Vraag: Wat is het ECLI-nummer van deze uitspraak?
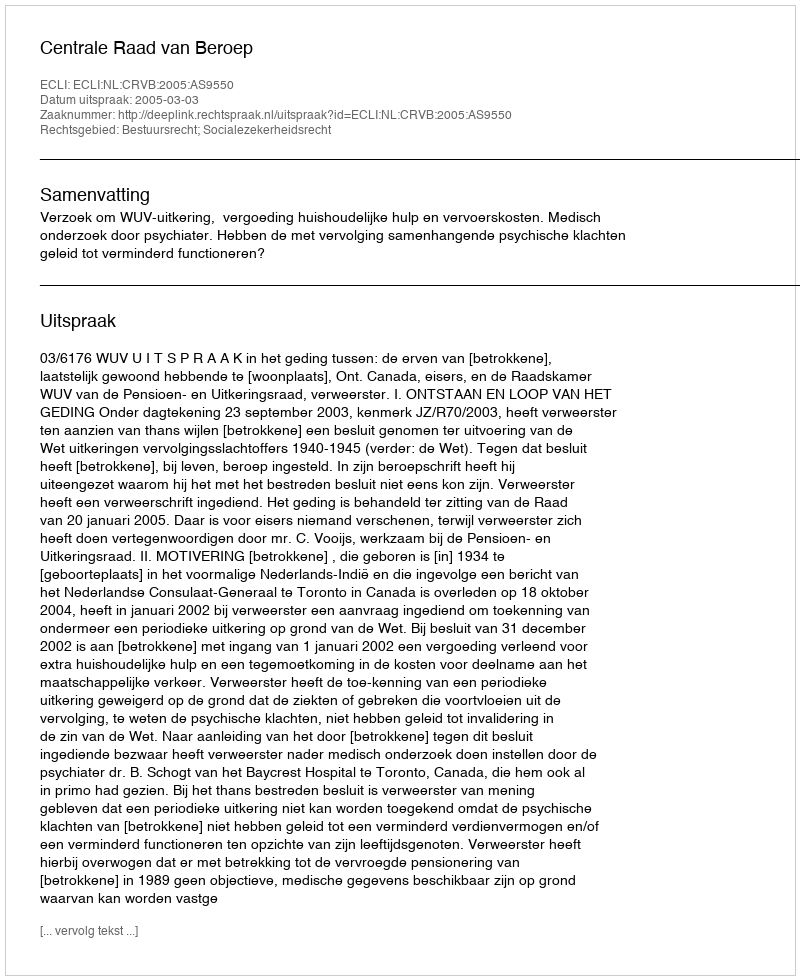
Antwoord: ECLI:NL:CRVB:2005:AS9550